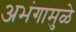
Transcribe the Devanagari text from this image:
अभंगामुळे